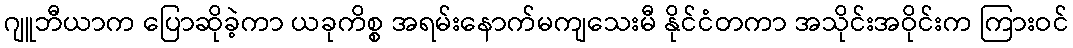
ဂျူဘီယာက ပြောဆိုခဲ့ကာ ယခုကိစ္စ အရမ်းနောက်မကျသေးမီ နိုင်ငံတကာ အသိုင်းအဝိုင်းက ကြားဝင်